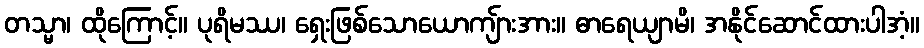
တသ္မာ၊ ထိုကြောင့်။ ပုရိမဿ၊ ရှေးဖြစ်သောယောကျ်ားအား။ ဓာရေယျာမိ၊ အနိုင်ဆောင်ထားပါအံ့။